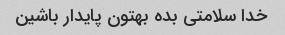
خدا سلامتی بده بهتون پایدار باشین